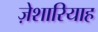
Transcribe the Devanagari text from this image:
ज़ेशारियाह